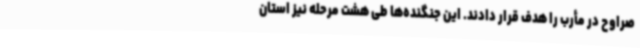
صراوح در مأرب را هدف قرار دادند. این جنگنده‌ها طی هشت مرحله نیز استان